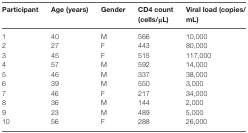
| Participant | Age (years) | Gender | CD4 count (cells/μL) | Viral load (copies/mL) |
 | --- | --- | --- | --- | --- |
 | 1 | 40 | M | 566 | 10,000 |
 | 2 | 27 | F | 443 | 80,000 |
 | 3 | 45 | F | 515 | 117,000 |
 | 4 | 57 | M | 592 | 14,000 |
 | 5 | 46 | M | 337 | 38,000 |
 | 6 | 39 | M | 550 | 3,000 |
 | 7 | 46 | F | 217 | 34,000 |
 | 8 | 36 | M | 144 | 2,000 |
 | 9 | 23 | M | 489 | 5,000 |
 | 10 | 56 | F | 288 | 26,000 |